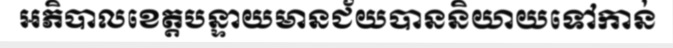
អភិបាលខេត្តបន្ទាយមានជ័យបាននិយាយទៅកាន់